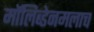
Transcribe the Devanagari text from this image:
मॉलिब्डेनमलाच